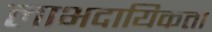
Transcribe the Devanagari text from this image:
लाभदायिकता